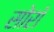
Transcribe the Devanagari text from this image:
सोरॉ